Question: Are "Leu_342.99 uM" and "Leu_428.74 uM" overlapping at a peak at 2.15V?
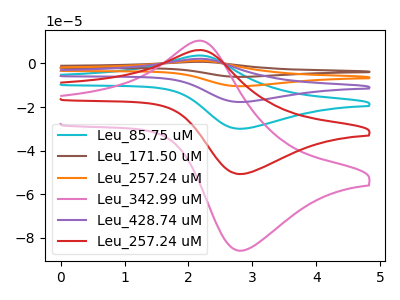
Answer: <think>The cyan curve "Leu_85.75 uM" has an anodic peak at (2.15V, 12.25uA) and a cathodic peak at (2.85V, -101.35uA). The brown curve "Leu_171.50 uM" has an anodic peak at (2.15V, 30.65uA) and a cathodic peak at (2.85V, -253.40uA). The orange curve "Leu_257.24 uM" has an anodic peak at (2.15V, 24.50uA) and a cathodic peak at (2.85V, -202.70uA). The pink curve "Leu_342.99 uM" has an anodic peak at (2.15V, 10.40uA) and a cathodic peak at (2.85V, -85.80uA). The purple curve "Leu_428.74 uM" has an anodic peak at (2.15V, 18.40uA) and a cathodic peak at (2.85V, -152.05uA). The red curve "Leu_257.24 uM" has an anodic peak at (2.15V, 6.15uA) and a cathodic peak at (2.85V, -50.70uA).</think>
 <answer>Yes, "Leu_342.99 uM" and "Leu_428.74 uM" share a peak at 2.15V.</answer>
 <eval>match</eval>